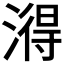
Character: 𬈫